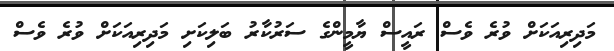
މަދިރިއަކަށް ވުރެ ވެސް ރައީސް ޔާމީންގެ ސަރުކާރު ބަލިކަށި މަދިރިއަކަށް ވުރެ ވެސް